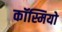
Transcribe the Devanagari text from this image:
कॉस्मियो